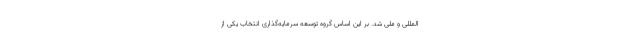
المللی و ملی شد. بر این اساس گروه توسعه سرمایه‌گذاری انتخاب یکی از